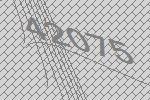
42075